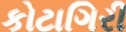
કોટાગિરી